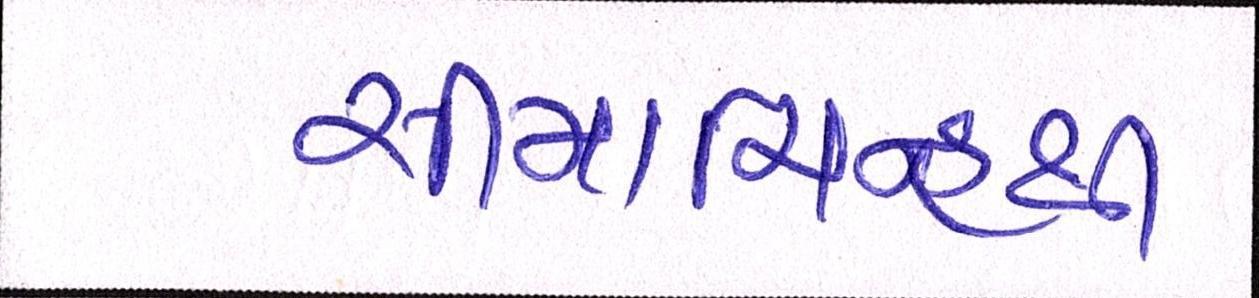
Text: સીમાચિન્હથી